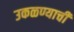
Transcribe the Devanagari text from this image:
उकळण्याची